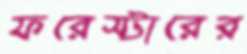
ফরেস্টারের